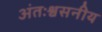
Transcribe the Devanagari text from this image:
अंतःश्वसनीय